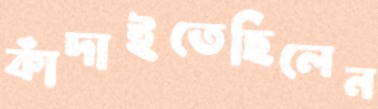
কাঁদাইতেছিলেন